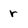
Character: r